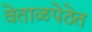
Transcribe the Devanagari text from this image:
वेताळपेठेत